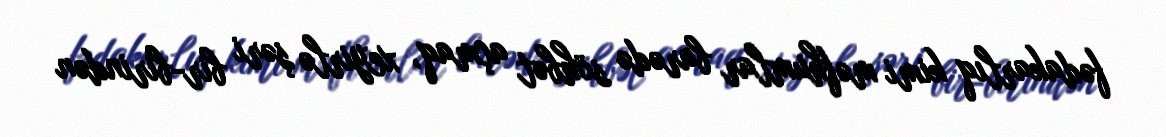
fədakarlıq kimi məfhumlar barədə söhbət açmaq, xeyirlə şəri bir-birindən